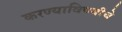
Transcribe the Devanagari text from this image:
करण्याविषयीचे